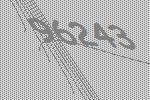
96243